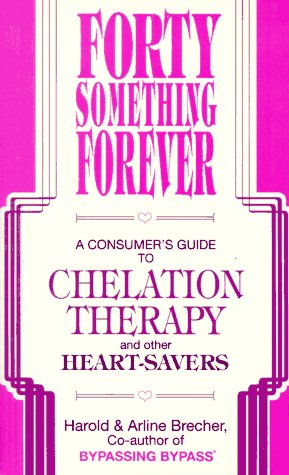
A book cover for Forty Something Forever: A Consumer's Guide to Chelation Therapy and Other Heart Savers; Harold Brecher; Health, Fitness & Dieting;